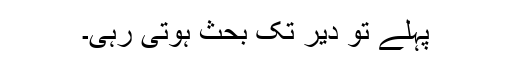
پہلے تو دیر تک بحث ہوتی رہی۔